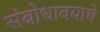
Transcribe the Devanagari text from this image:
संबोधावयाचे